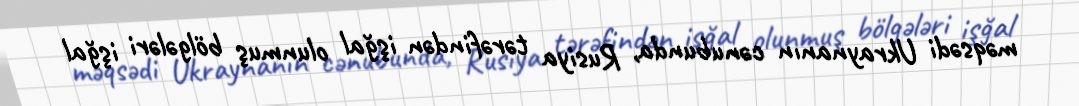
məqsədi Ukraynanın cənubunda, Rusiya tərəfindən işğal olunmuş bölgələri işğal